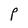
Character: P